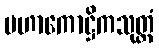
မဟာကောဋ္ဌိကသုတ္တံ